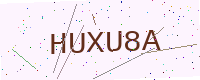
Text: HUXU8A